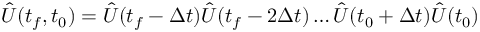
{ \hat { U } ( t _ { f } , t _ { 0 } ) = \hat { U } ( t _ { f } - \Delta t ) \hat { U } ( t _ { f } - 2 \Delta t ) \ldots \hat { U } ( t _ { 0 } + \Delta t ) \hat { U } ( t _ { 0 } ) }